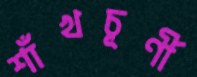
শাঁখচূর্ণী